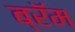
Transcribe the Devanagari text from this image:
ब्रॅम